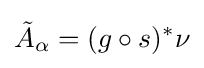
{\tilde {A}}_{\alpha }=(g\circ s)^{*}\nu